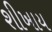
શીખાય